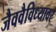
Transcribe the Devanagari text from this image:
जैववैविध्यावर